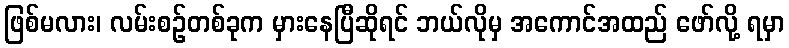
ဖြစ်မလား၊ လမ်းစဉ်တစ်ခုက မှားနေပြီဆိုရင် ဘယ်လိုမှ အကောင်အထည် ဖော်လို့ ရမှာ